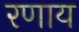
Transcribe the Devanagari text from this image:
रणाय